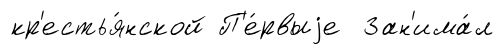
кр'естья́нской П'е́рвыjе Зан'има́л